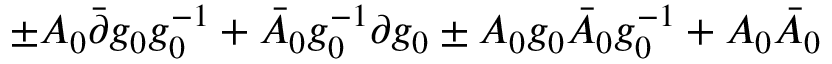
\pm A _ { 0 } \bar { \partial } g _ { 0 } g _ { 0 } ^ { - 1 } + \bar { A } _ { 0 } g _ { 0 } ^ { - 1 } \partial g _ { 0 } \pm A _ { 0 } g _ { 0 } \bar { A } _ { 0 } g _ { 0 } ^ { - 1 } + A _ { 0 } \bar { A } _ { 0 }